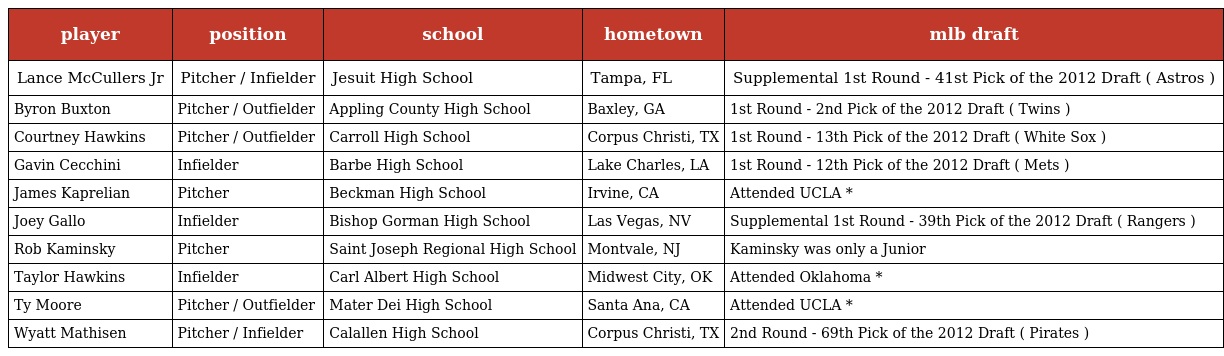
| player | position | school | hometown | mlb draft |
 | --- | --- | --- | --- | --- |
 | Lance McCullers Jr | Pitcher / Infielder | Jesuit High School | Tampa, FL | Supplemental 1st Round - 41st Pick of the 2012 Draft ( Astros ) |
 | Byron Buxton | Pitcher / Outfielder | Appling County High School | Baxley, GA | 1st Round - 2nd Pick of the 2012 Draft ( Twins ) |
 | Courtney Hawkins | Pitcher / Outfielder | Carroll High School | Corpus Christi, TX | 1st Round - 13th Pick of the 2012 Draft ( White Sox ) |
 | Gavin Cecchini | Infielder | Barbe High School | Lake Charles, LA | 1st Round - 12th Pick of the 2012 Draft ( Mets ) |
 | James Kaprelian | Pitcher | Beckman High School | Irvine, CA | Attended UCLA * |
 | Joey Gallo | Infielder | Bishop Gorman High School | Las Vegas, NV | Supplemental 1st Round - 39th Pick of the 2012 Draft ( Rangers ) |
 | Rob Kaminsky | Pitcher | Saint Joseph Regional High School | Montvale, NJ | Kaminsky was only a Junior |
 | Taylor Hawkins | Infielder | Carl Albert High School | Midwest City, OK | Attended Oklahoma * |
 | Ty Moore | Pitcher / Outfielder | Mater Dei High School | Santa Ana, CA | Attended UCLA * |
 | Wyatt Mathisen | Pitcher / Infielder | Calallen High School | Corpus Christi, TX | 2nd Round - 69th Pick of the 2012 Draft ( Pirates ) |